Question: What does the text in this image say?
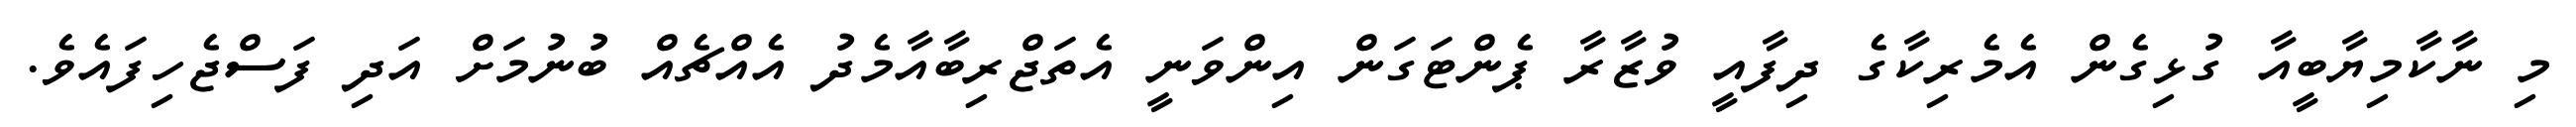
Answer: މި ނާކާމިޔާބީއާ ގުޅިގެން އެމެރިކާގެ ދިފާއީ ވުޒާރާ ޕެންޓަގަން އިންވަނީ އެތަޖްރިބާއާމެދު އެއްޗެއް ބުނުމަށް އަދި ފަސްޖެހިފައެވެ.